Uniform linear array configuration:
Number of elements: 48
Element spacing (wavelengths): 0.25
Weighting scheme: cosine
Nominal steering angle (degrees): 60
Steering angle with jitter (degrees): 60.648
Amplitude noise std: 0.05
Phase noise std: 0.05

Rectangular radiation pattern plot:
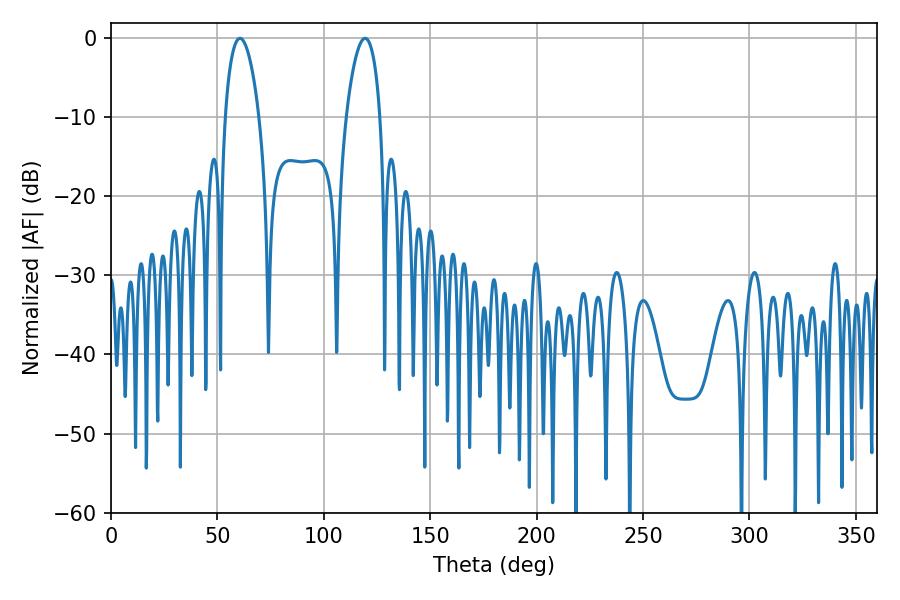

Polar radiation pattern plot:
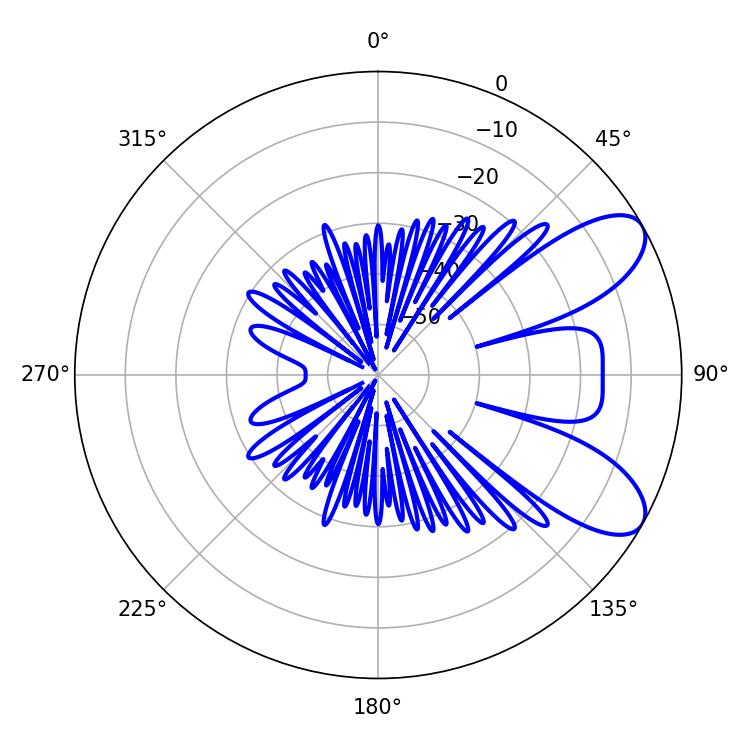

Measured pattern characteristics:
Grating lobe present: FALSE
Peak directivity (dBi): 8.173
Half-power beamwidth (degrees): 8.82
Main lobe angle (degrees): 60.66